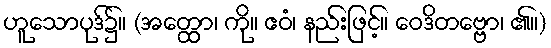
ဟူသောပုဒ်၌။ (အတ္ထော၊ ကို။ ဧဝံ၊ နည်းဖြင့်။ ဝေဒိတဗ္ဗော၊ ၏။)